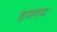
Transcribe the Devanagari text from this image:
हस्तम